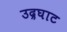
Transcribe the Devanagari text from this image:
उद्रघाट